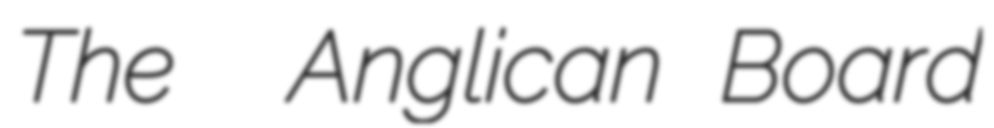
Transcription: The  Anglican Board